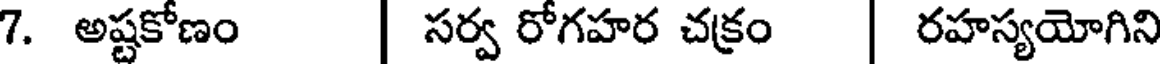
7. అష్టకోణం | సర్వ రోగహర చక్రం | రహస్యయోగిని